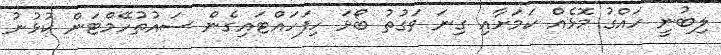
ލިބުނީ ހައްގު މޮޅެއް ކަމަށާއި ގިނަ ވަގުތު ބޯޅަ ހިފަހައްޓައިގެން ސައުތުހޭމްޓަން ކުޅުނު